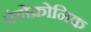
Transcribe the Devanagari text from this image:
एंडोक्रोनिक